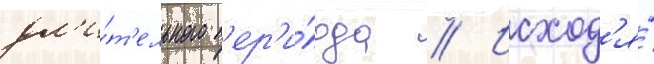
дл'и́т'ельного п'ер'и́ода // Исход'я́